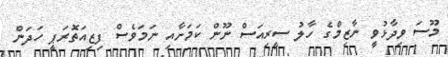
މޫސަ ވިދާޅުވީ ނާޒިމްގެ ހާލު ސީރިއަސް ނޫން ކަމަށާއި ނަމަވެސް ފިޒިއަތޮރަޕީ ހަދަން